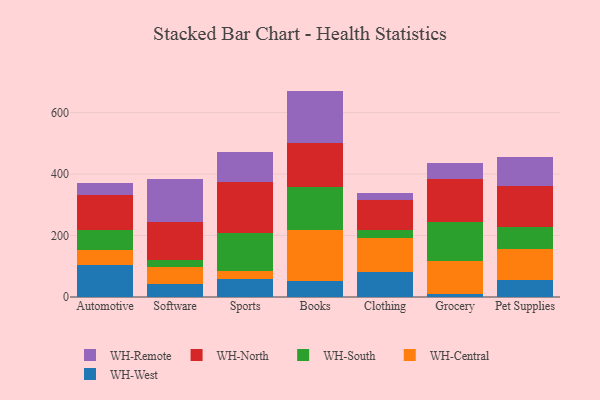
{"axis": {"x": "Category", "y": "Active Users"}, "legend": ["WH-Central", "WH-North", "WH-Remote", "WH-South", "WH-West"], "data": [{"x": "Automotive", "y": 102.6, "type": "WH-West"}, {"x": "Automotive", "y": 51.6, "type": "WH-Central"}, {"x": "Automotive", "y": 62.7, "type": "WH-South"}, {"x": "Automotive", "y": 114.1, "type": "WH-North"}, {"x": "Automotive", "y": 38.4, "type": "WH-Remote"}, {"x": "Software", "y": 42.3, "type": "WH-West"}, {"x": "Software", "y": 55.5, "type": "WH-Central"}, {"x": "Software", "y": 22.9, "type": "WH-South"}, {"x": "Software", "y": 122.2, "type": "WH-North"}, {"x": "Software", "y": 142.0, "type": "WH-Remote"}, {"x": "Sports", "y": 59.4, "type": "WH-West"}, {"x": "Sports", "y": 25.2, "type": "WH-Central"}, {"x": "Sports", "y": 123.0, "type": "WH-South"}, {"x": "Sports", "y": 165.0, "type": "WH-North"}, {"x": "Sports", "y": 98.5, "type": "WH-Remote"}, {"x": "Books", "y": 53.4, "type": "WH-West"}, {"x": "Books", "y": 163.5, "type": "WH-Central"}, {"x": "Books", "y": 141.1, "type": "WH-South"}, {"x": "Books", "y": 143.0, "type": "WH-North"}, {"x": "Books", "y": 169.8, "type": "WH-Remote"}, {"x": "Clothing", "y": 79.9, "type": "WH-West"}, {"x": "Clothing", "y": 112.2, "type": "WH-Central"}, {"x": "Clothing", "y": 24.6, "type": "WH-South"}, {"x": "Clothing", "y": 98.0, "type": "WH-North"}, {"x": "Clothing", "y": 22.1, "type": "WH-Remote"}, {"x": "Grocery", "y": 8.7, "type": "WH-West"}, {"x": "Grocery", "y": 106.9, "type": "WH-Central"}, {"x": "Grocery", "y": 127.9, "type": "WH-South"}, {"x": "Grocery", "y": 139.9, "type": "WH-North"}, {"x": "Grocery", "y": 52.4, "type": "WH-Remote"}, {"x": "Pet Supplies", "y": 54.9, "type": "WH-West"}, {"x": "Pet Supplies", "y": 100.0, "type": "WH-Central"}, {"x": "Pet Supplies", "y": 71.9, "type": "WH-South"}, {"x": "Pet Supplies", "y": 134.7, "type": "WH-North"}, {"x": "Pet Supplies", "y": 94.0, "type": "WH-Remote"}]}